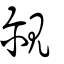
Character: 覼